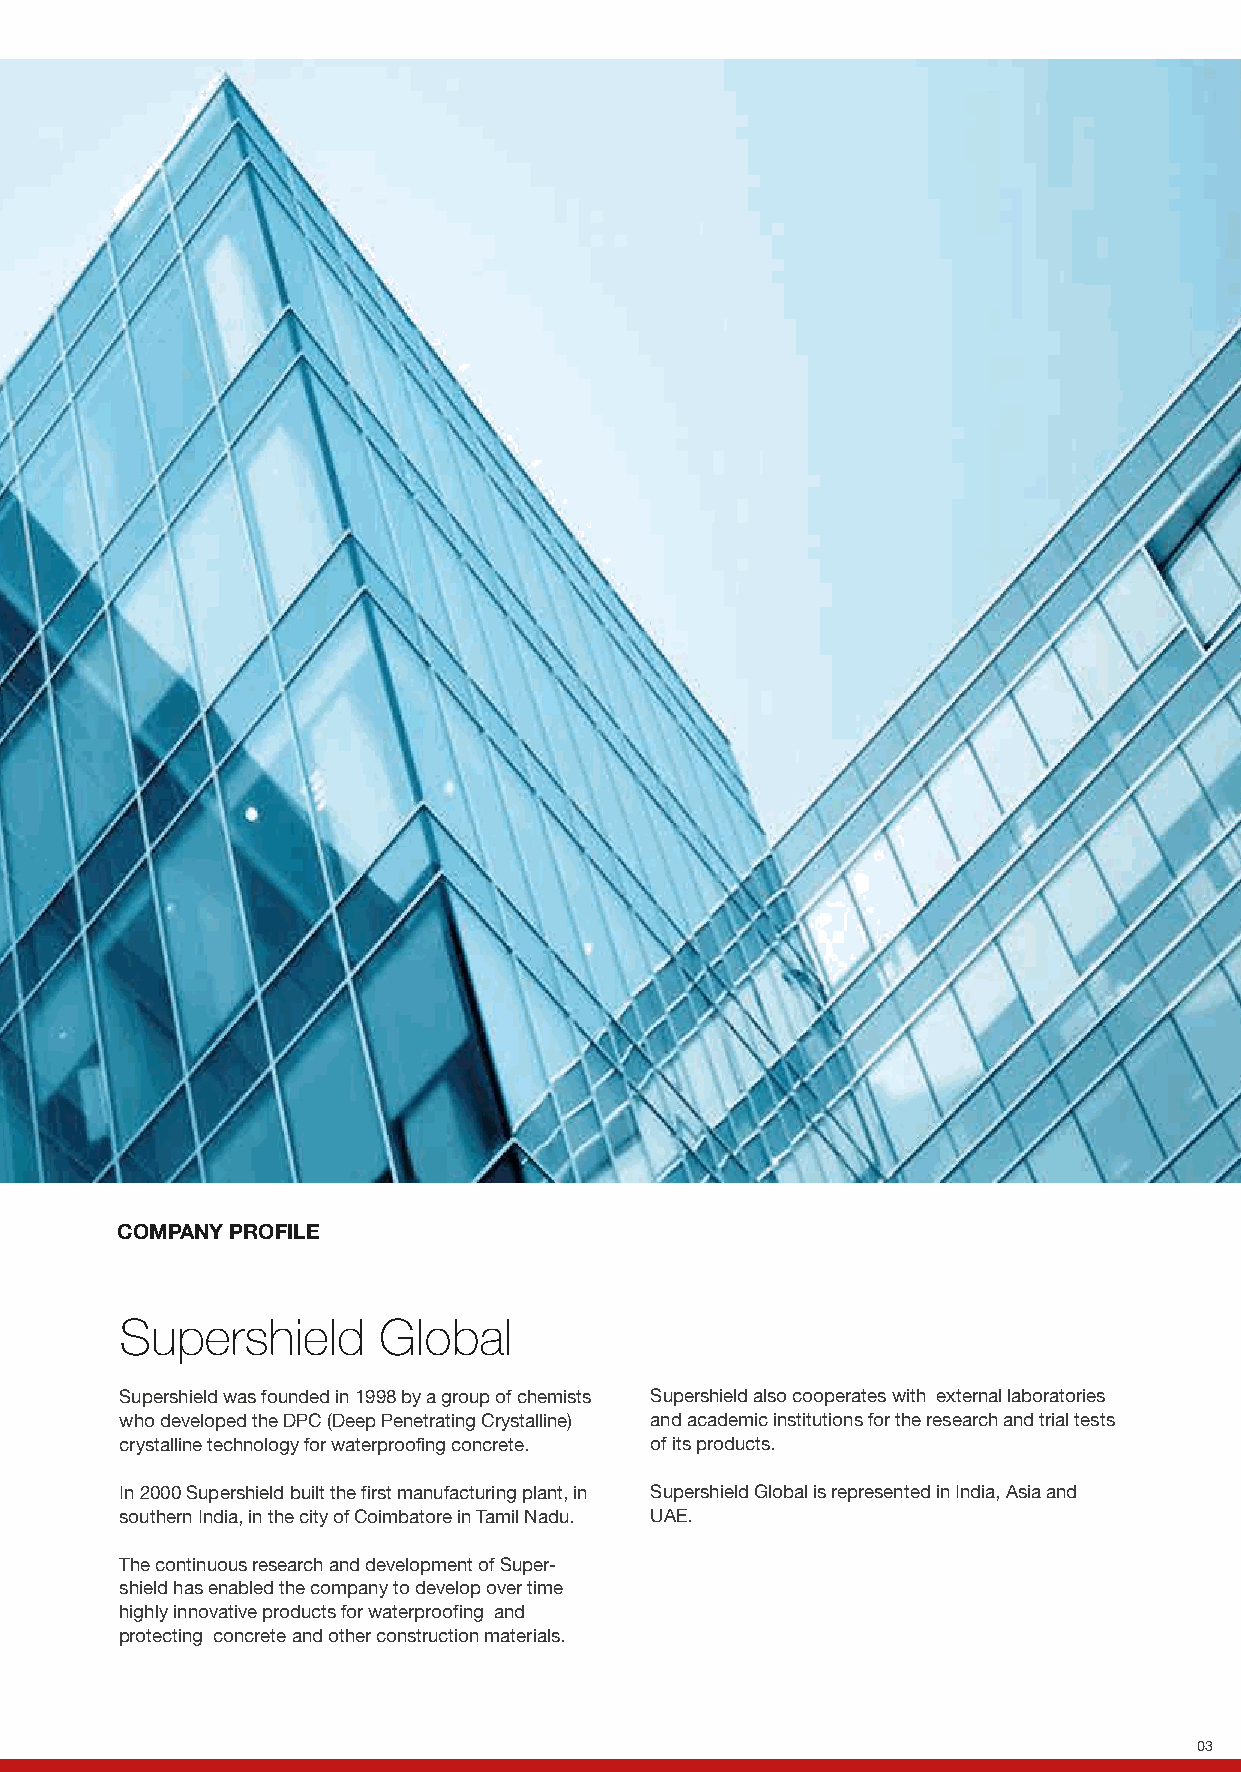
COMPANY PROFILE
 Supershield      Global
 Supershield was founded in 1998 by a group of chemists Supershield also cooperates with external laboratories
 who developed the DPC (Deep Penetrating Crystalline) and academic institutions for the research and trial tests
 crystalline technology for waterproofing concrete. of its products.
 In 2000 Supershield built the first manufacturing plant, in Supershield Global is represented in India, Asia and
 southern India, in the city of Coimbatore in Tamil Nadu. UAE.
 The continuous research and development of Super-
 shield has enabled the company to develop over time
 highly innovative products for waterproofing and
 protecting concrete and other construction materials.
 03